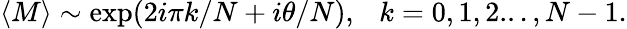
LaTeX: \langle M\rangle\sim\exp(2i\pi k/N+i\theta/N),\ \ \ k=0,1,2...,N-1.